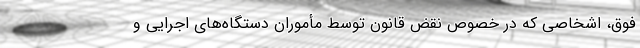
فوق، اشخاصی که در خصوص نقض قانون توسط مأموران دستگاه‌های اجرایی و